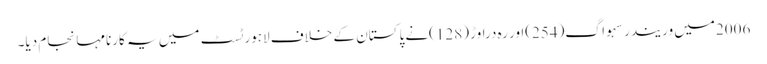
2006میں وریندر سہواگ(254)اور رہ دراوڑ (128)نے پاکستان کے خلاف لاہور ٹسٹ میں یہ کارنامہانجام دیا۔